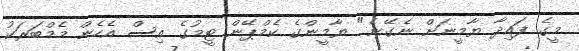
މީގެ ފައިދާ ޔާމީނަށް ނެގޭނެ" ޔާމީންގެ ކެމްޕޭން ޓީމުގެ އިސް އެހެން މެމްބަރަކު